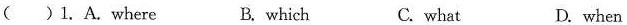
( )1. A. where B. which C. what D. when